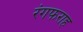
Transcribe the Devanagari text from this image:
रंगफराह